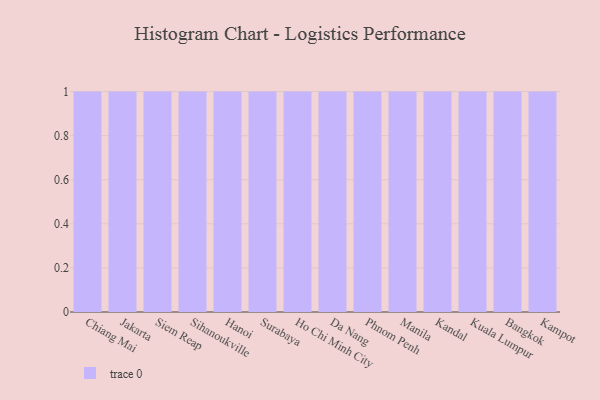
{"axis": {"x": "City", "y": "Production Output"}, "legend": [""], "data": [{"x": "Chiang Mai", "y": 76, "type": ""}, {"x": "Jakarta", "y": 37, "type": ""}, {"x": "Siem Reap", "y": 59, "type": ""}, {"x": "Sihanoukville", "y": 24, "type": ""}, {"x": "Hanoi", "y": 29, "type": ""}, {"x": "Surabaya", "y": 47, "type": ""}, {"x": "Ho Chi Minh City", "y": 31, "type": ""}, {"x": "Da Nang", "y": 66, "type": ""}, {"x": "Phnom Penh", "y": 45, "type": ""}, {"x": "Manila", "y": 24, "type": ""}, {"x": "Kandal", "y": 75, "type": ""}, {"x": "Kuala Lumpur", "y": 40, "type": ""}, {"x": "Bangkok", "y": 45, "type": ""}, {"x": "Kampot", "y": 44, "type": ""}]}